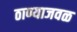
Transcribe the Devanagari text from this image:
ठाण्याजवळ